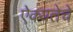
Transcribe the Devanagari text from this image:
ऐक्यतेचे